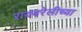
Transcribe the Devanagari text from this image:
रायबरेलीच्या